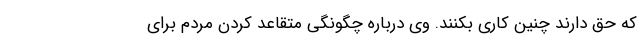
که حق دارند چنین کاری بکنند. وی درباره چگونگی متقاعد کردن مردم برای